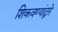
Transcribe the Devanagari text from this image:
शिकवण्यांद्वारे